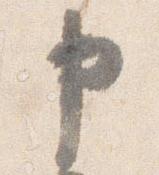
申